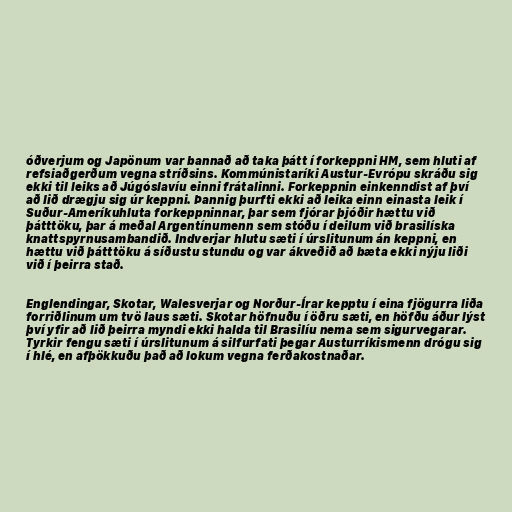
óðverjum og Japönum var bannað að taka þátt í forkeppni HM, sem hluti af
refsiaðgerðum vegna stríðsins. Kommúnistaríki Austur-Evrópu skráðu sig
ekki til leiks að Júgóslavíu einni frátalinni. Forkeppnin einkenndist af því
að lið drægju sig úr keppni. Þannig þurfti ekki að leika einn einasta leik í
Suður-Ameríkuhluta forkeppninnar, þar sem fjórar þjóðir hættu við
þátttöku, þar á meðal Argentínumenn sem stóðu í deilum við brasilíska
knattspyrnusambandið. Indverjar hlutu sæti í úrslitunum án keppni, en
hættu við þátttöku á síðustu stundu og var ákveðið að bæta ekki nýju liði
við í þeirra stað.

Englendingar, Skotar, Walesverjar og Norður-Írar kepptu í eina fjögurra liða
forriðlinum um tvö laus sæti. Skotar höfnuðu í öðru sæti, en höfðu áður lýst
því yfir að lið þeirra myndi ekki halda til Brasilíu nema sem sigurvegarar.
Tyrkir fengu sæti í úrslitunum á silfurfati þegar Austurríkismenn drógu sig
í hlé, en afþökkuðu það að lokum vegna ferðakostnaðar.